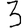
Digit: 3